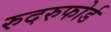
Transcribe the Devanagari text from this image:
रुदरुफोर्ड